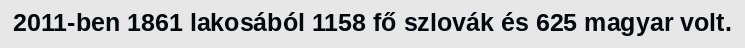
2011-ben 1861 lakosából 1158 fő szlovák és 625 magyar volt.